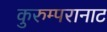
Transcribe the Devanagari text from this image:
कुरुम्परानाट